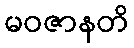
မဝဇာနတိ